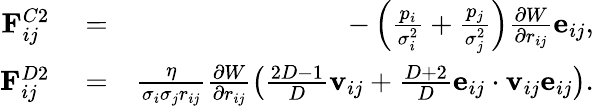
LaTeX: \begin{array}{rlr}{\mathbf{F}_{ij}^{C2}}&{{}=}&{-\left(\frac{p_{i}}{\sigma_{i}^{2}}+\frac{p_{j}}{\sigma_{j}^{2}}\right)\frac{\partial{W}}{\partial{r_{ij}}}\mathbf{e}_{ij},}\\ {\mathbf{F}_{ij}^{D2}}&{{}=}&{\frac{\eta}{\sigma_{i}\sigma_{j}r_{ij}}\frac{\partial{W}}{\partial{r_{ij}}}\left(\frac{2D-1}{D}\mathbf{v}_{ij}+\frac{D+2}{D}\mathbf{e}_{ij}\cdot\mathbf{v}_{ij}\mathbf{e}_{ij}\right).}\end{array}